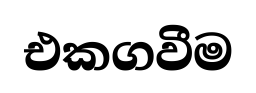
එකගවීම